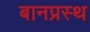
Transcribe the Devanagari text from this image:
बानप्रस्‍थ